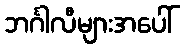
ဘင်္ဂါလီများအပေါ်